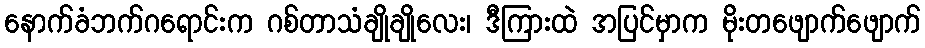
နောက်ခံဘက်ဂရောင်းက ဂစ်တာသံချိုချိုလေး၊ ဒီကြားထဲ အပြင်မှာက မိုးတဖျောက်ဖျောက်